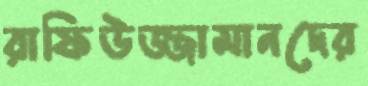
রাফিউজ্জামানদের